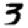
Digit: 3